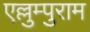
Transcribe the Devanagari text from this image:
एल्लुम्पुराम